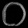
Digit: ၀